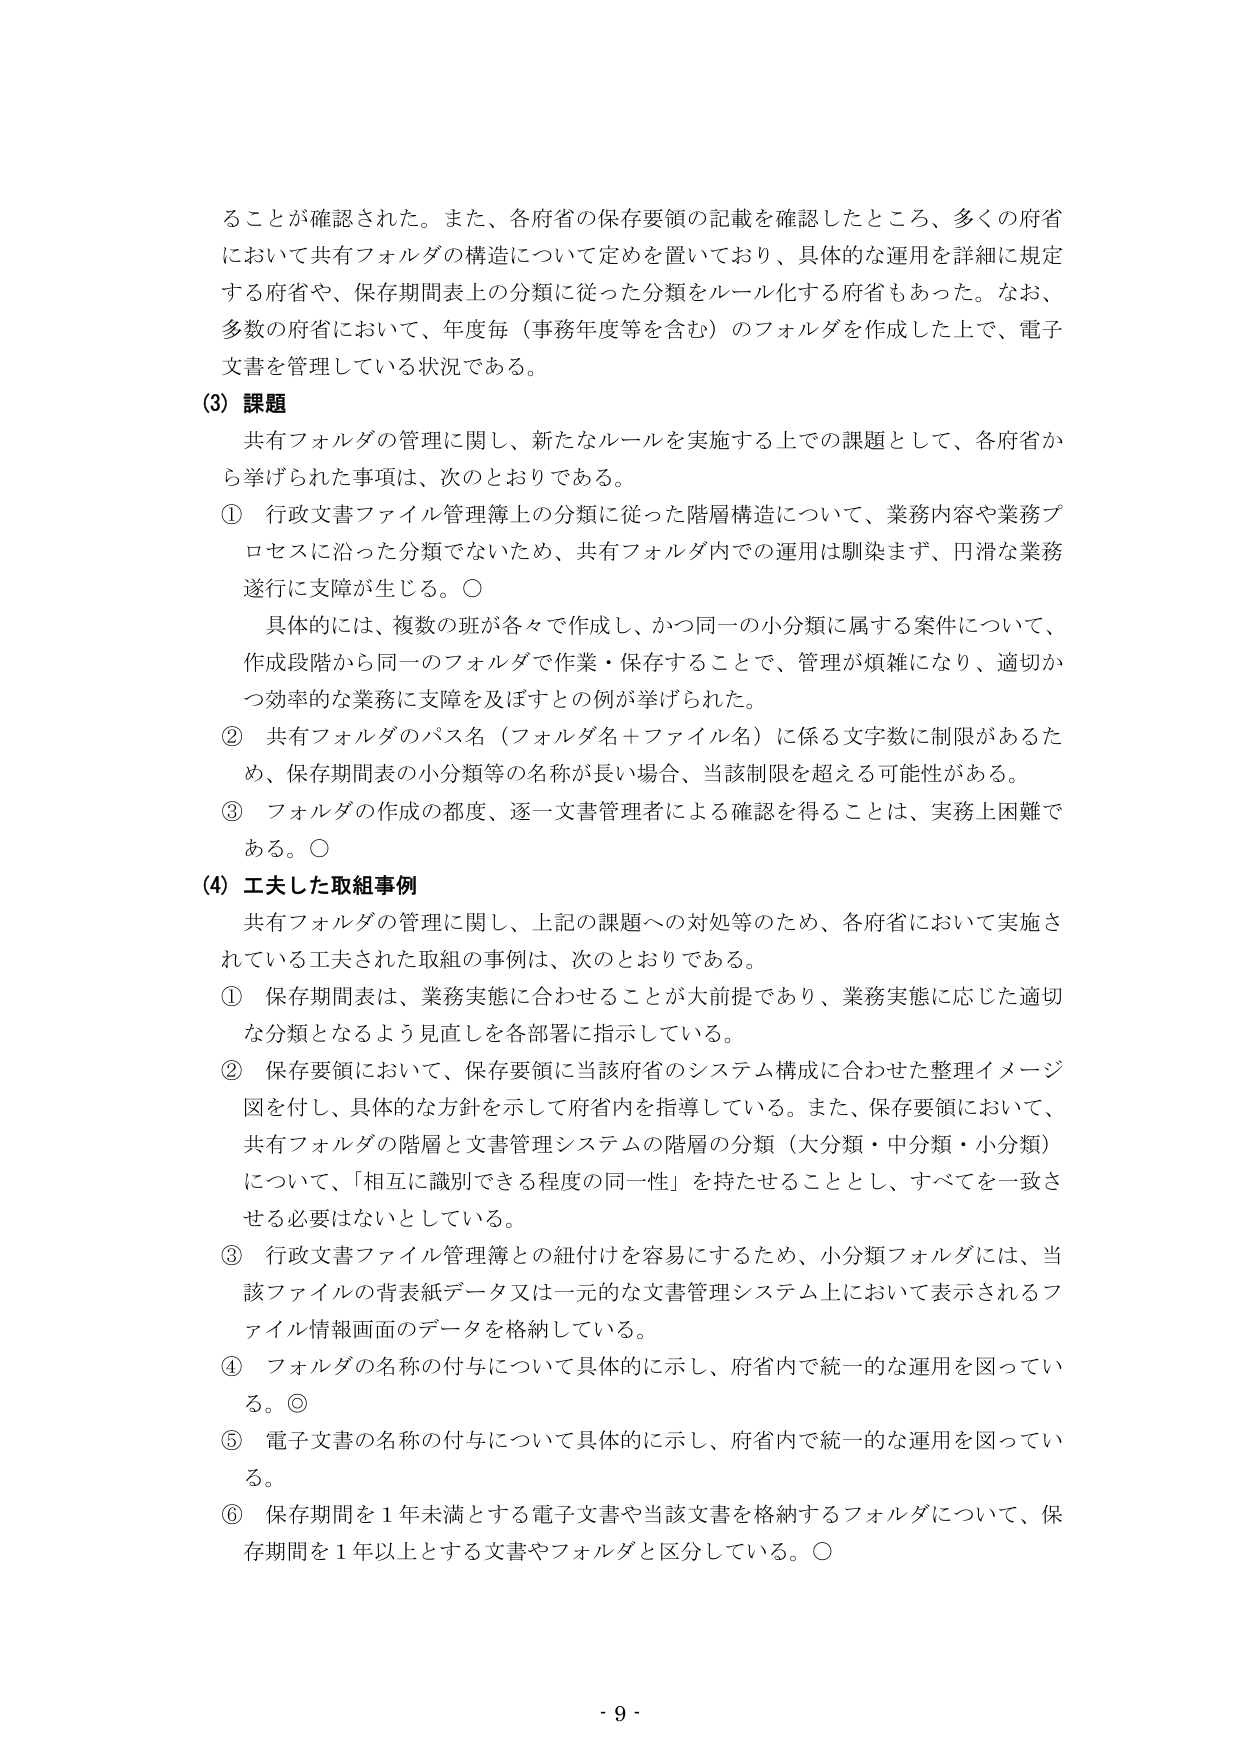
ることが確認された。また、各府省の保存要領の記載を確認したところ、多くの府省において共有フォルダの構造について定めを置いており、具体的な運用を詳細に規定する府省や、保存期間表上の分類に従った分類をルール化する府省もあった。なお、多数の府省において、年度毎（事務年度等を含む）のフォルダを作成した上で、電子文書を管理している状況である。

(3) 課題
共有フォルダの管理に関し、新たなルールを実施する上での課題として、各府省から挙げられた事項は、次のとおりである。
① 行政文書ファイル管理簿上の分類に従った階層構造について、業務内容や業務プロセスに沿った分類でないため、共有フォルダ内での運用は馴染まず、円滑な業務遂行に支障が生じる。○
　具体的には、複数の班が各々で作成し、かつ同一の小分類に属する案件について、作成段階から同一のフォルダで作業・保存することで、管理が煩雑になり、適切かつ効率的な業務に支障を及ぼすとの例が挙げられた。
② 共有フォルダのパス名（フォルダ名＋ファイル名）に係る文字数に制限があるため、保存期間表の小分類等の名称が長い場合、当該制限を超える可能性がある。
③ フォルダの作成の都度、逐一文書管理者による確認を得ることは、実務上困難である。○

(4) 工夫した取組事例
共有フォルダの管理に関し、上記の課題への対処等のため、各府省において実施されている工夫された取組の事例は、次のとおりである。
① 保存期間表は、業務実態に合わせることが大前提であり、業務実態に応じた適切な分類となるよう見直しを各部署に指示している。
② 保存要領において、保存要領に当該府省のシステム構成に合わせた整理イメージ図を付し、具体的な方針を示して府省内を指導している。また、保存要領において、共有フォルダの階層と文書管理システムの階層の分類（大分類・中分類・小分類）について、「相互に識別できる程度の同一性」を持たせることとし、すべてを一致させる必要はないとしている。
③ 行政文書ファイル管理簿との紐付けを容易にするため、小分類フォルダには、当該ファイルの背表紙データ又は一元的な文書管理システム上において表示されるファイル情報画面のデータを格納している。
④ フォルダの名称の付与について具体的に示し、府省内で統一的な運用を図っている。◎
⑤ 電子文書の名称の付与について具体的に示し、府省内で統一的な運用を図っている。
⑥ 保存期間を1年未満とする電子文書や当該文書を格納するフォルダについて、保存期間を1年以上とする文書やフォルダと区分している。○

- 9 -